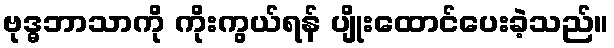
ဗုဒ္ဓဘာသာကို ကိုးကွယ်ရန် ပျိုးထောင်ပေးခဲ့သည်။